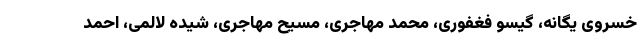
خسروی یگانه، گیسو فغفوری، محمد مهاجری، مسیح مهاجری، شیده لالمی، احمد